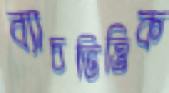
ব্যাচভিত্তিক